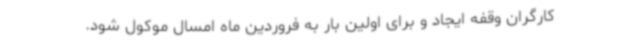
کارگران وقفه ایجاد و برای اولین بار به فروردین ماه امسال موکول شود.